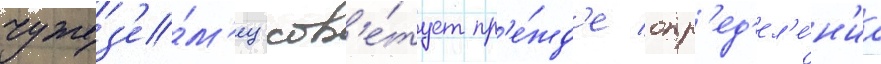
чужез'е́м'ец сов'е́тует пр'е́жд'е опр'ед'ел'е́н'иа